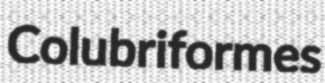
Colubriformes